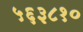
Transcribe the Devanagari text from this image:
५६३८१०